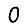
Digit: 0